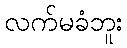
လက်မခံဘူး